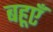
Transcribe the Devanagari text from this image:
बहूएँ